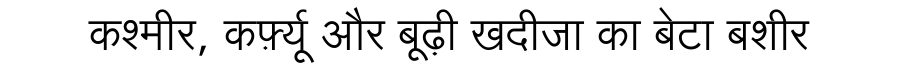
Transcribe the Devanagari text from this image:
कश्मीर, कर्फ़्यू और बूढ़ी खदीजा का बेटा बशीर